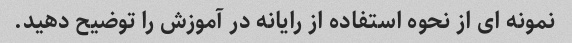
نمونه ای از نحوه استفاده از رایانه در آموزش را توضیح دهید.